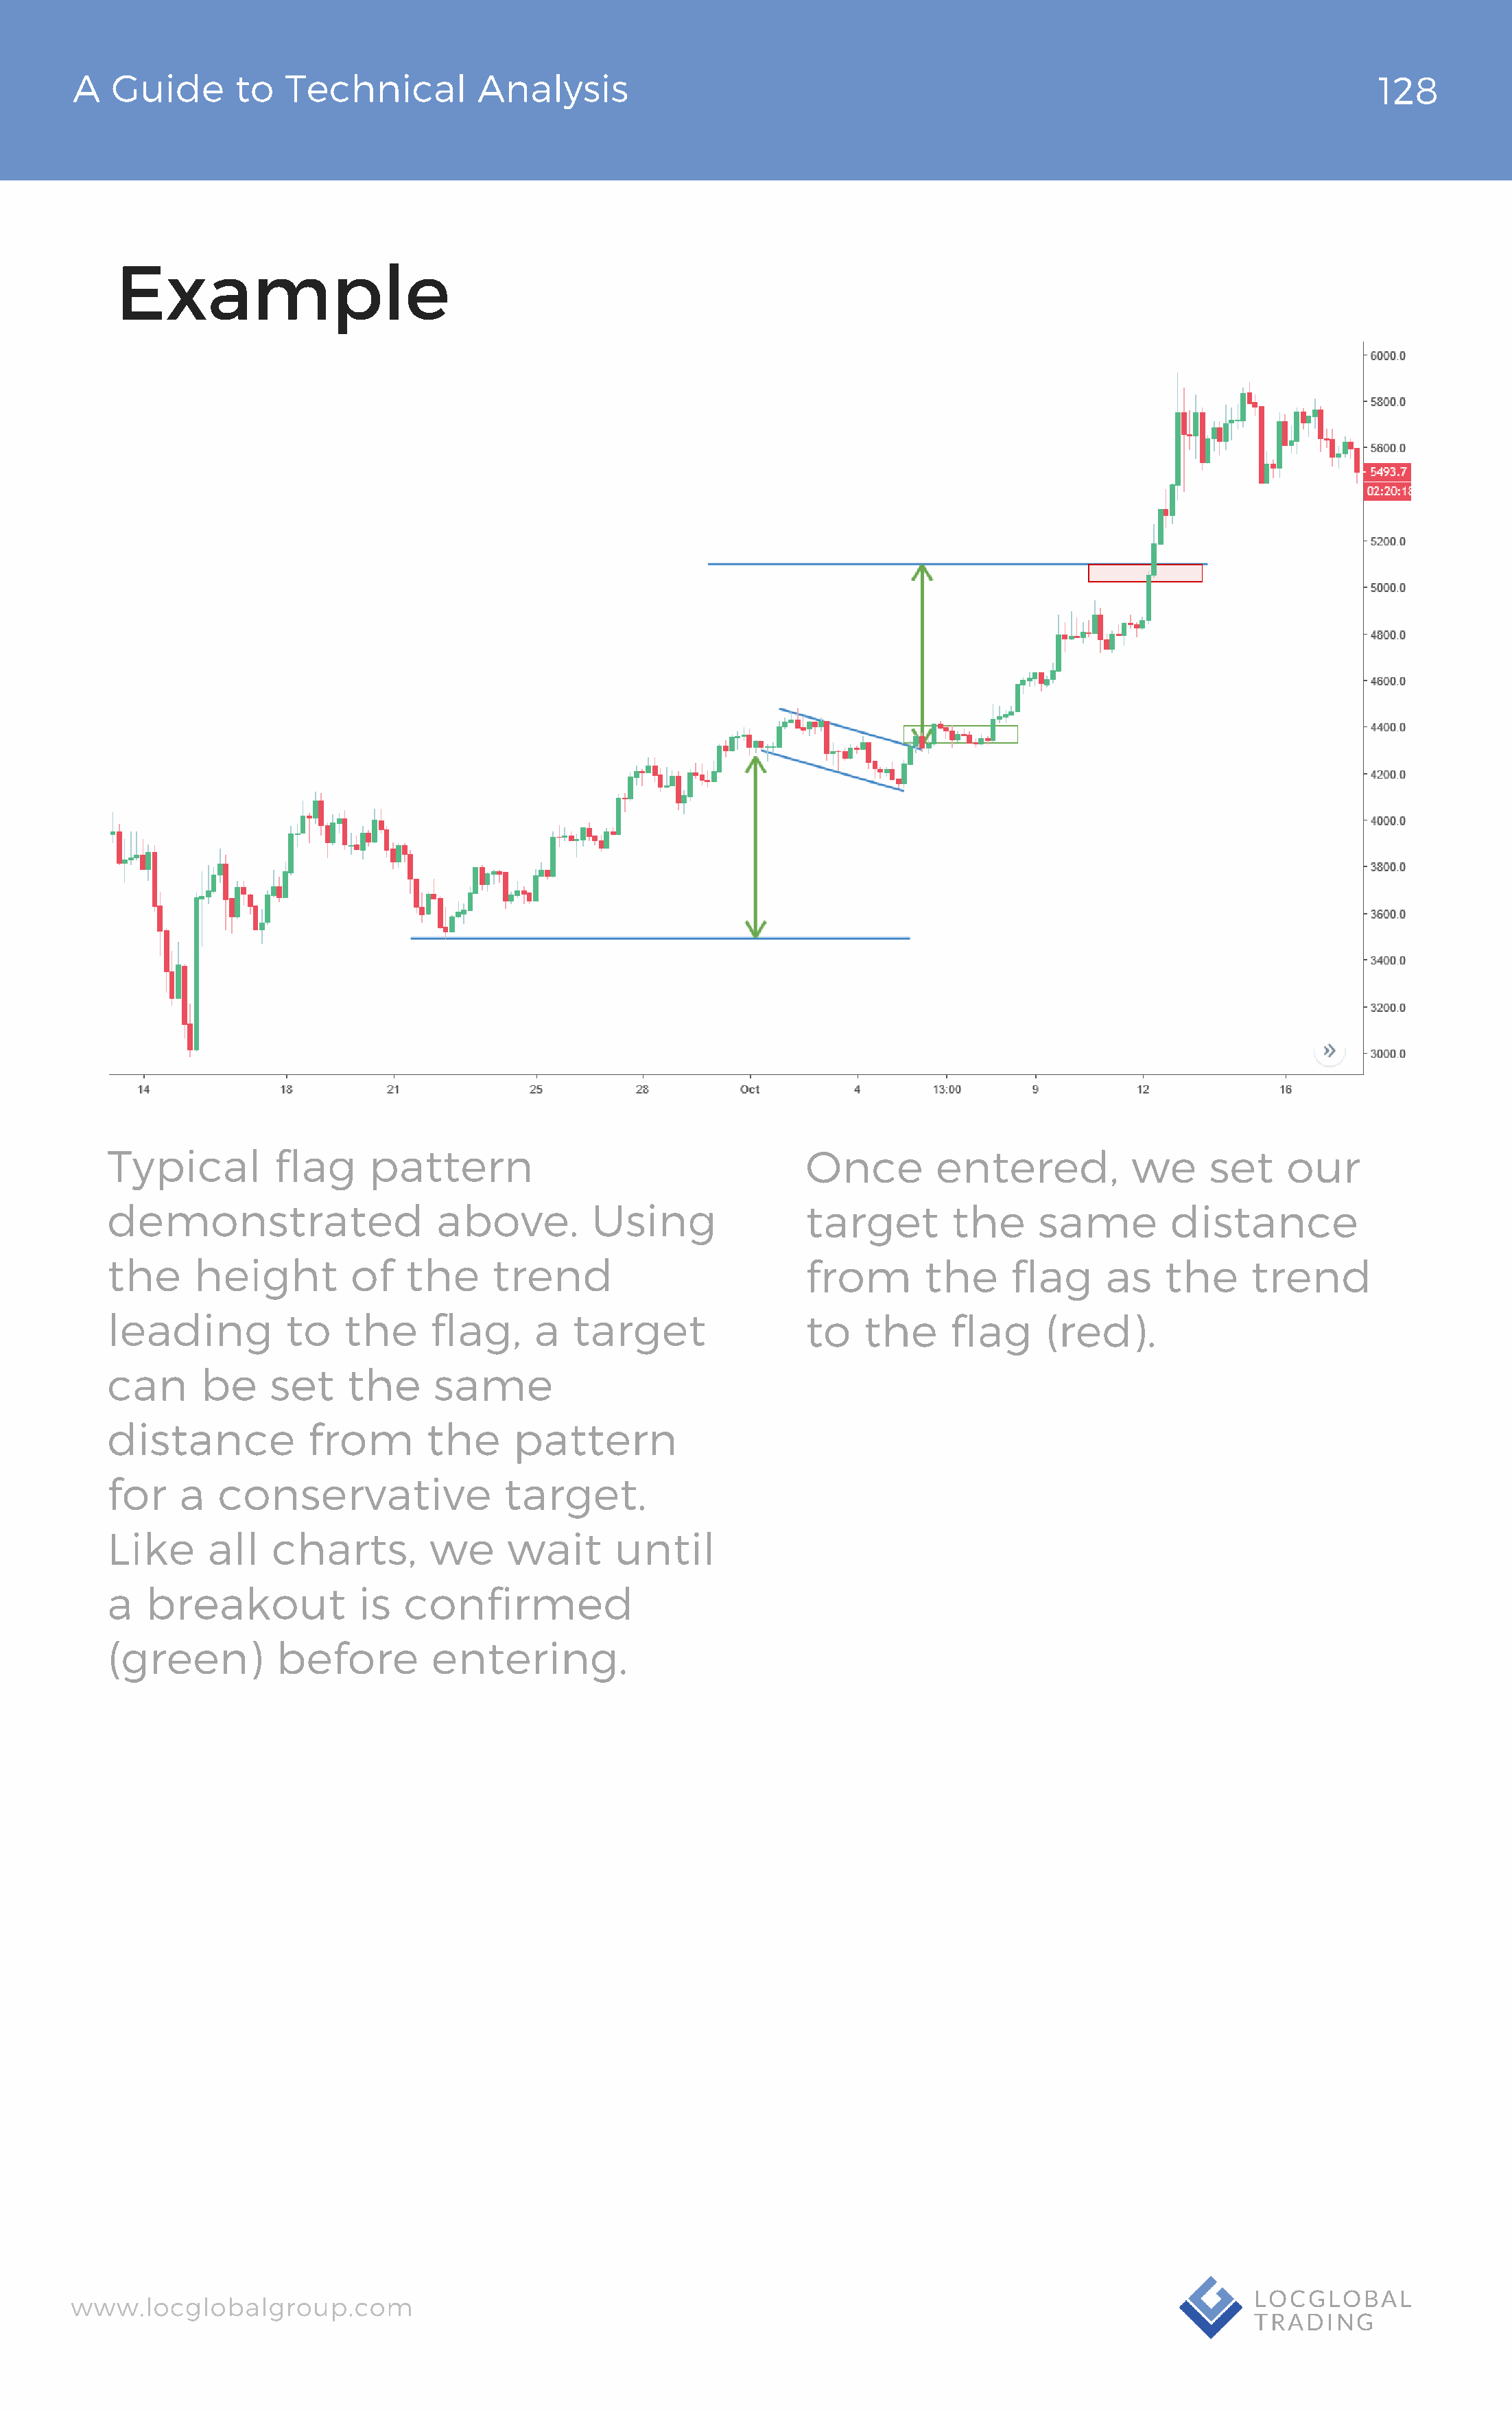
AA  GGuuiiddee  ttoo TTeecchhnniiccaall AAnnaallyyssiiss                                                                      12382
 Example
 Typical         flag      pattern                                   Once        entered,           we      set    our
 demonstrated                    above.         Using                target        the     same         distance
 the      height         of   the      trend                         from       the      flag     as   the      trend
 leading           to   the      flag,     a  target                 to   the      flag     (red).
 can      be     set    the      same
 distance            from       the      pattern
 for    a   conservative                target.
 Like      all   charts,        we      wait      until
 a   breakout             is  confirmed
 (green)          before         entering.
 wwwwww..llooccgglloobbaallggrroouupp..ccoomm                                                                      LLOOCCGGLLOOBBAALL
 TTRRAADDIINNGG